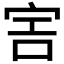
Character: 𡧱